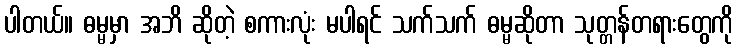
ပါတယ်။ ဓမ္မမှာ အဘိ ဆိုတဲ့ စကားလုံး မပါရင် သက်သက် ဓမ္မဆိုတာ သုတ္တန်တရားတွေကို